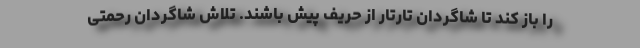
را باز کند تا شاگردان تارتار از حریف پیش باشند. تلاش شاگردان رحمتی